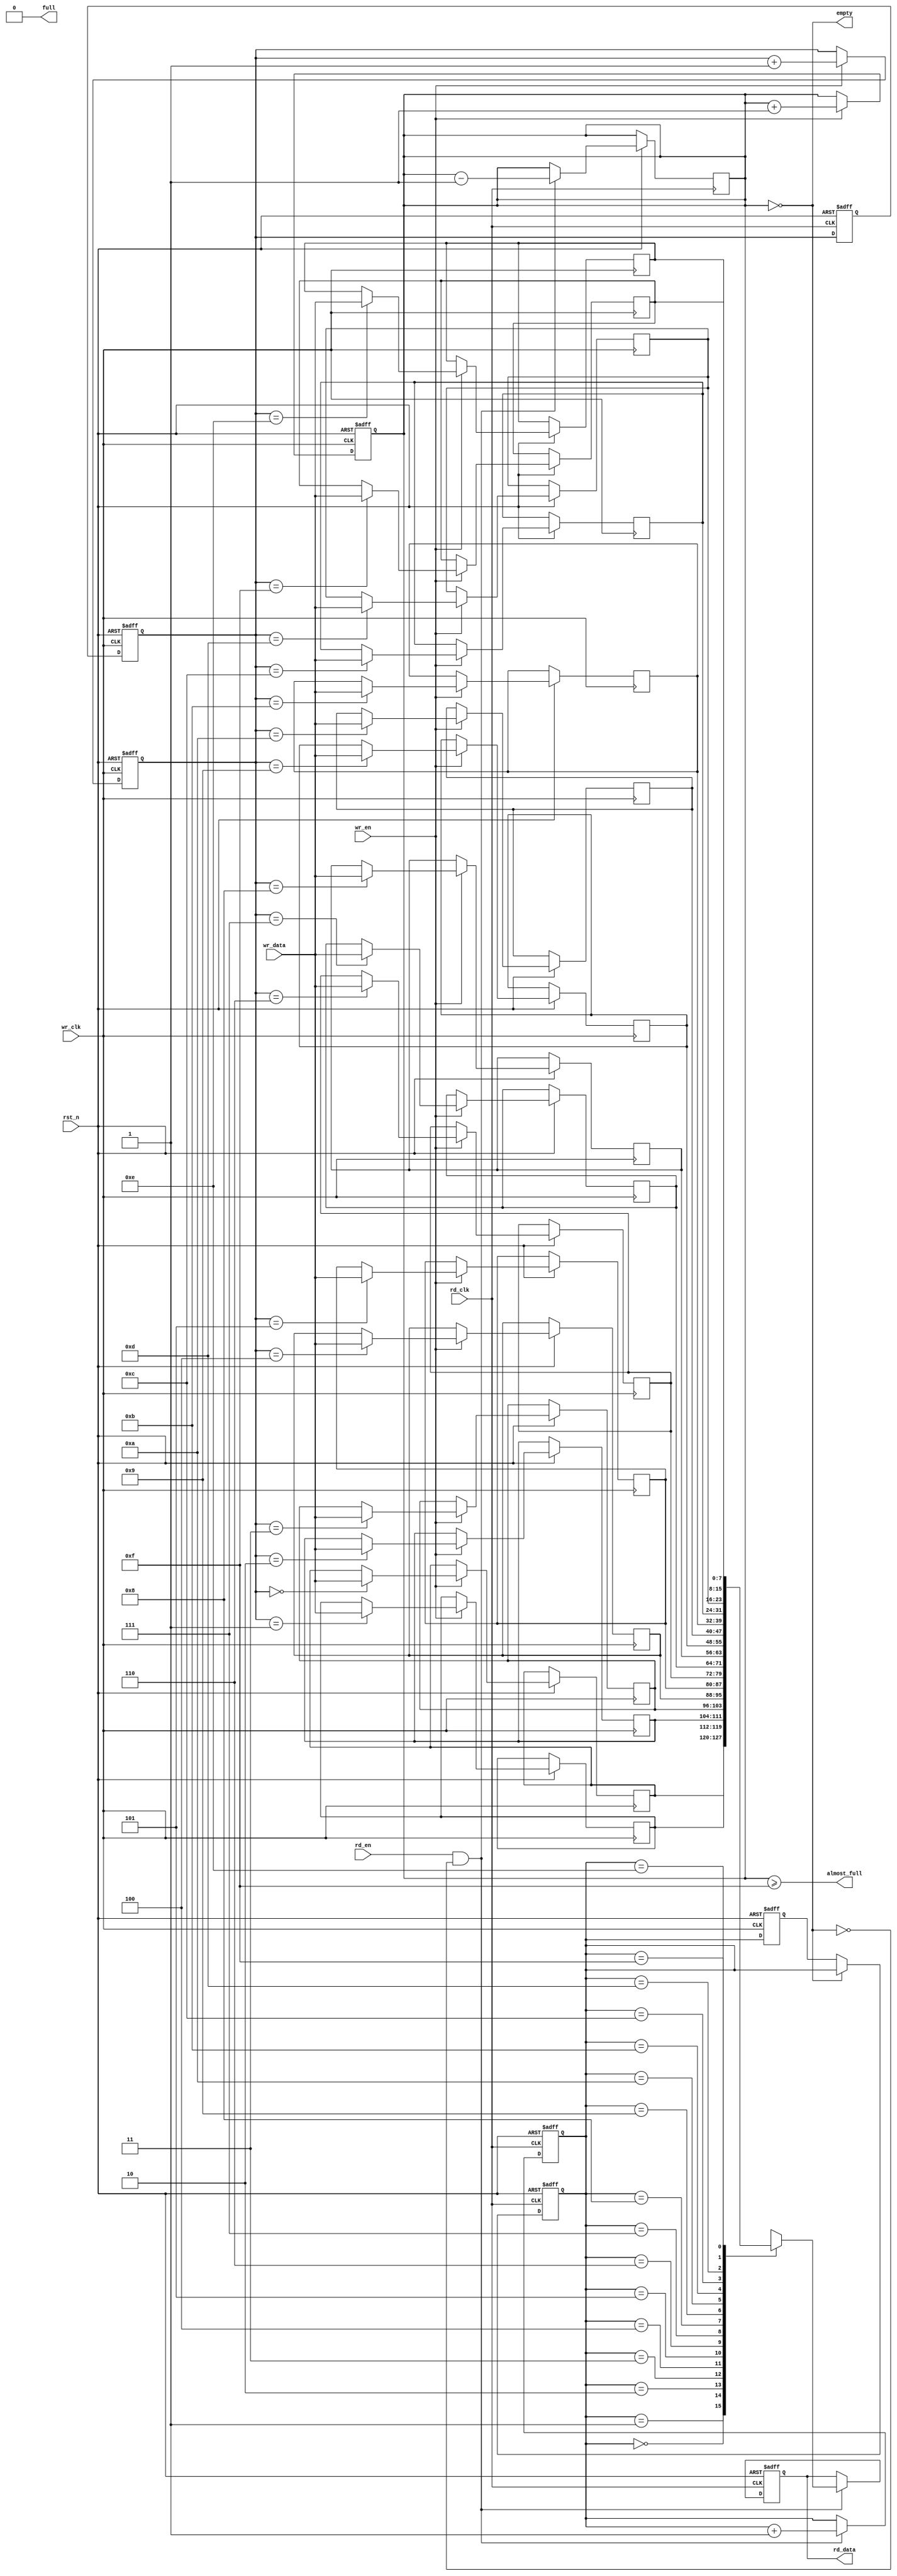
module fifo_synchronizer #(
    parameter DATA_WIDTH = 8,
    parameter FIFO_DEPTH = 16
)(
    input wire wr_clk,           // Write clock domain
    input wire rd_clk,           // Read clock domain
    input wire rst_n,            // Asynchronous active-low reset
    input wire wr_en,            // Write enable signal
    input wire rd_en,            // Read enable signal
    input wire [DATA_WIDTH-1:0] wr_data, // Data to write
    output reg [DATA_WIDTH-1:0] rd_data, // Data to read
    output reg empty,            // FIFO empty flag
    output reg full,             // FIFO full flag
    output reg almost_full       // FIFO almost full flag
);

    // Internal signals
    reg [DATA_WIDTH-1:0] fifo_mem [0:FIFO_DEPTH-1]; // FIFO memory
    reg [3:0] wr_ptr; // Write pointer
    reg [3:0] rd_ptr; // Read pointer
    reg [3:0] count;  // Number of elements in the FIFO

    // Synchronization signals for read and write pointers
    reg [3:0] wr_ptr_sync; 
    reg [3:0] rd_ptr_sync;

    // Write Logic
    always @(posedge wr_clk or negedge rst_n) begin
        if (!rst_n) begin
            wr_ptr <= 0;
            count <= 0;
        end else begin
            if (wr_en && !full) begin
                fifo_mem[wr_ptr] <= wr_data;
                wr_ptr <= wr_ptr + 1;
                count <= count + 1;
            end
        end
    end

    // Read Logic
    always @(posedge rd_clk or negedge rst_n) begin
        if (!rst_n) begin
            rd_ptr <= 0;
            rd_data <= 0;
        end else begin
            if (rd_en && !empty) begin
                rd_data <= fifo_mem[rd_ptr];
                rd_ptr <= rd_ptr + 1;
                count <= count - 1;
            end
        end
    end

    // Status Flags
    always @(*) begin
        empty = (count == 0);
        full = (count == FIFO_DEPTH);
        almost_full = (count >= (FIFO_DEPTH - 1));
    end

    // Synchronizing Write Pointer to Read Domain
    always @(posedge rd_clk or negedge rst_n) begin
        if (!rst_n) begin
            wr_ptr_sync <= 0;
        end else begin
            wr_ptr_sync <= wr_ptr;
        end
    end

    // Synchronizing Read Pointer to Write Domain
    always @(posedge wr_clk or negedge rst_n) begin
        if (!rst_n) begin
            rd_ptr_sync <= 0;
        end else begin
            rd_ptr_sync <= rd_ptr;
        end
    end

    // Write Pointer Synchronization Logic
    always @(posedge rd_clk or negedge rst_n) begin
        if (!rst_n) begin
            rd_ptr <= 0;
        end else begin
            if (!empty) begin
                rd_ptr <= rd_ptr_sync;
            end
        end
    end

    // Read Pointer Synchronization Logic
    always @(posedge wr_clk or negedge rst_n) begin
        if (!rst_n) begin
            wr_ptr <= 0;
        end else begin
            if (!full) begin
                wr_ptr <= wr_ptr_sync;
            end
        end
    end

endmodule